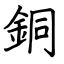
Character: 銅